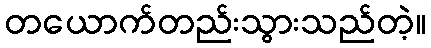
တယောက်တည်းသွားသည်တဲ့။